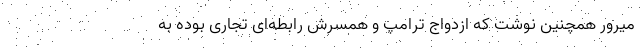
میرور همچنین نوشت که ازدواج ترامپ و همسرش رابطه‌ای تجاری بوده به